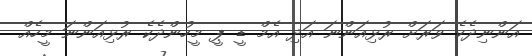
އަންނިދެކެ ވަރަށް ރުޅިއަންނަ އަދި އެމް ޑީ ޕީ މީހުންދެކެ ރުޅިއަންނަ މީހެއް